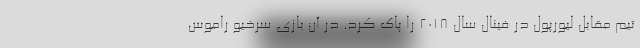
تیم مقابل لیورپول در فینال سال 2018 را پاک کرد. در آن بازی سرخیو راموس